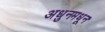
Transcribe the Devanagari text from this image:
अधुनमधून